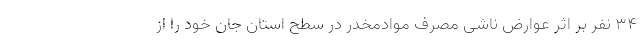
۳۴ نفر بر اثر عوارض ناشی مصرف موادمخدر در سطح استان جان خود را از